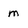
Character: m